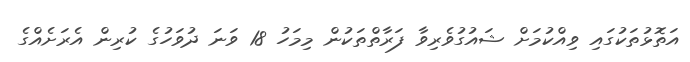
އަތޮޅުތަކުގައި ވިއްކުމަށް ޝައުގުވެރިވާ ފަރާތްތަކުން މިމަހު 18 ވަނަ ދުވަހުގެ ކުރިން އެރަށެއްގެ